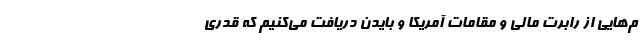
م‌هایی از رابرت مالی و مقامات آمریکا و بایدن دریافت می‌‌کنیم که قدری